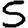
Digit: 5